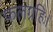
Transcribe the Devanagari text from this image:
फलग्रहिः।